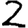
Digit: 2